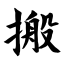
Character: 搬